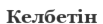
Келбетін